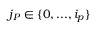
j _ { P } \in \{ 0 , . . . , i _ { p } \}